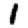
Digit: 1